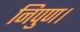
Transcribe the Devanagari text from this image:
निपुण।